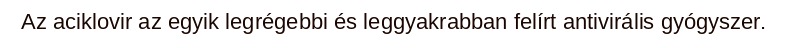
Az aciklovir az egyik legrégebbi és leggyakrabban felírt antivirális gyógyszer.